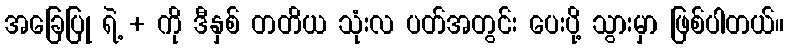
အခြေပြု ရဲ့ + ကို ဒီနှစ် တတိယ သုံးလ ပတ်အတွင်း ပေးပို့ သွားမှာ ဖြစ်ပါတယ်။